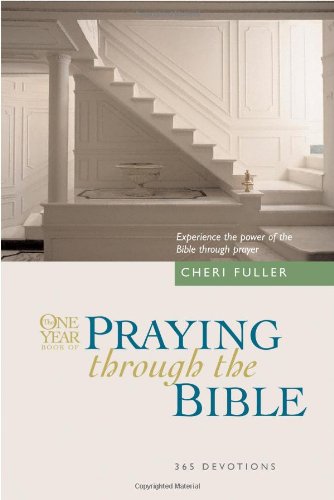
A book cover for The One Year Book of Praying through the Bible; Cheri Fuller; Christian Books & Bibles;